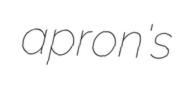
apron's